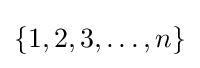
\{1,2,3,\dots ,n\}